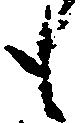
も